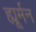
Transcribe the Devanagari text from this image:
ह्यूर्मन